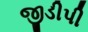
જીડીપી